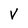
Character: V